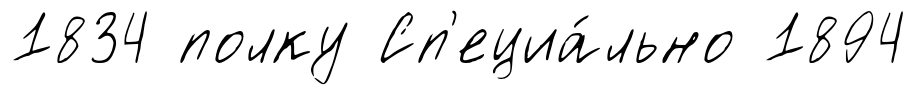
1834 полку Сп'ециа́льно 1894